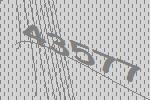
43577